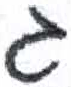
אות: ג